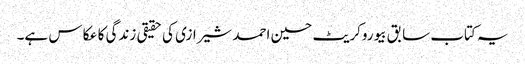
یہ کتاب سابق بیوروکریٹ حسین احمد شیرازی کی حقیقی زندگی کا عکاس ہے۔